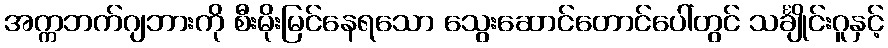
အက္ကဘက်ဂျဘားကို စီးမိုးမြင်နေရသော သွေးဆောင်တောင်ပေါ်တွင် သင်္ချိုင်းဂူနှင့်